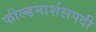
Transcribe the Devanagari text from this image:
फील्डमार्शलपदी